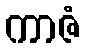
ကာဇံ